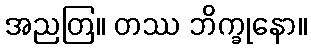
အညတြ။ တဿ ဘိက္ခုနော။